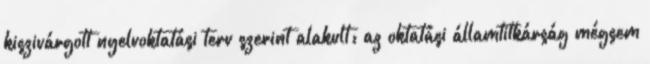
kiszivárgott nyelvoktatási terv szerint alakult: az oktatási államtitkárság mégsem